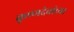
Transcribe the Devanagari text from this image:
कृष्णदेवांच्या